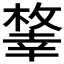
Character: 𢆨